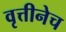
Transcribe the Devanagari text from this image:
वृत्तीनेच